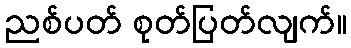
ညစ်ပတ် စုတ်ပြတ်လျက်။